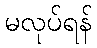
မလုပ်ရန်